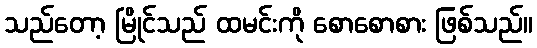
သည်တော့ မြိုင်သည် ထမင်းကို စောစောစား ဖြစ်သည်။